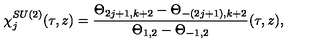
\chi _ { j } ^ { S U ( 2 ) } ( \tau , z ) = \frac { \Theta _ { 2 j + 1 , k + 2 } - \Theta _ { - ( 2 j + 1 ) , k + 2 } } { \Theta _ { 1 , 2 } - \Theta _ { - 1 , 2 } } ( \tau , z ) ,